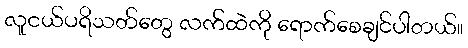
လူငယ်ပရိသတ်တွေ လက်ထဲကို ရောက်စေချင်ပါတယ်။